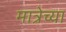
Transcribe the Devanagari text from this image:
मात्रेच्या